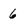
Character: 6